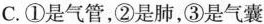
C.①是气管，②是肺，③是气囊D